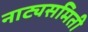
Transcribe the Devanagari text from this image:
नाट्यसमिती